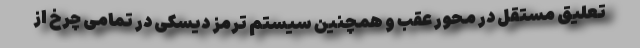
تعلیق مستقل در محور عقب و همچنین سیستم ترمز دیسکی در تمامی چرخ از